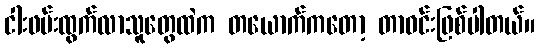
ငါးဖမ်းထွက်လာသူတွေထဲက တယောက်ကတော့ တာဝင်းဖြစ်ပါတယ်။